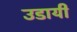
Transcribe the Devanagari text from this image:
उडायी